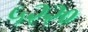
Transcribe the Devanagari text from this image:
५२२०